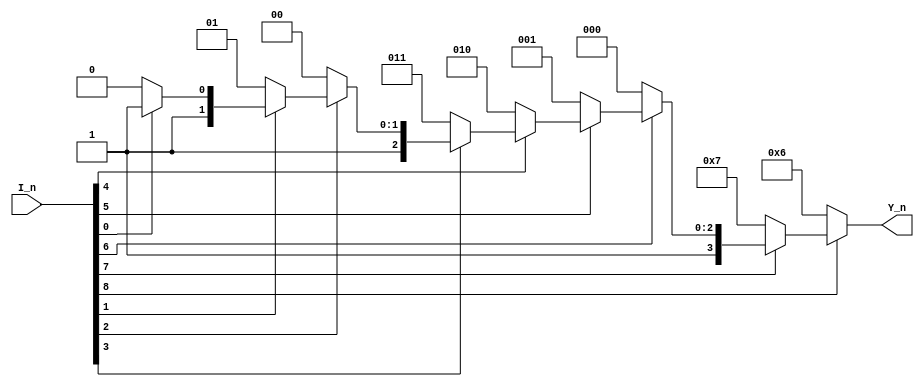
// ======================================================================
// Affiliation:			Tsinghua Univ
// Module Name:			encoder_0
// Description:			priority encoder
// Additional Comments:	VL13 on nowcoder
// ======================================================================

`timescale 1ns/1ns

module encoder_0 (
	input	wire	[8: 0]		I_n,
	output	reg		[3: 0]		Y_n
);

always @(*) begin
	if (I_n[8]==1'b0) Y_n = 4'b0110;
	else if (I_n[7]==1'b0) Y_n = 4'b0111;
	else if (I_n[6]==1'b0) Y_n = 4'b1000;
	else if (I_n[5]==1'b0) Y_n = 4'b1001;
	else if (I_n[4]==1'b0) Y_n = 4'b1010;
	else if (I_n[3]==1'b0) Y_n = 4'b1011;
	else if (I_n[2]==1'b0) Y_n = 4'b1100;
	else if (I_n[1]==1'b0) Y_n = 4'b1101;
	else if (I_n[0]==1'b0) Y_n = 4'b1110;
	else Y_n = 4'b1111;
end

endmodule